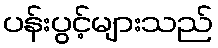
ပန်းပွင့်များသည်